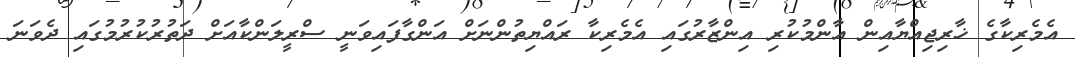
އެމެރިކާގެ ޚާރިޖިއްޔާއިން އާންމުކުރި އިންޒާރުގައި އެމެރިކާ ރައްޔިތުންނަށް އަންގާފައިވަނީ ސްރީލަންކާއަށް ދަތުރުކުރުމުގައި ދެވަނަ